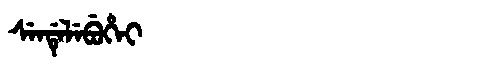
Manchu: ᠰᡝᠨᡩᡝᠯᡝᠪᡠᡥᡝᡳ
Romanization: SENDELEBUHEI